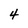
Character: 4